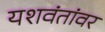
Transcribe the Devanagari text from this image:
यशवंतांवर